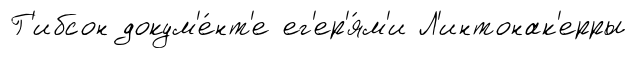
Г'ибсон докум'е́нт'е ег'ер'я́м'и Л'интонак'ерры